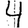
Digit: 4